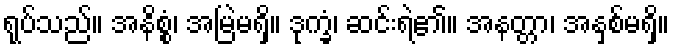
ရုပ်သည်။ အနိစ္စံ၊ အမြဲမရှိ။ ဒုက္ခံ၊ ဆင်းရဲ၏။ အနတ္တာ၊ အနှစ်မရှိ။